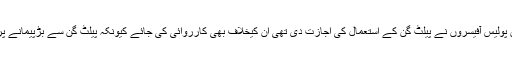
درخواست کے مطابق جن پولیس آفیسروں نے پیلٹ گن کے استعمال کی اجازت دی تھی ان کیخلاف بھی کارروائی کی جائے کیونکہ پیلٹ گن سے بڑپیمانے پر شہری ہلاکتیں ہوئی ہیں۔